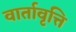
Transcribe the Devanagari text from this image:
वार्तावृत्ति